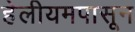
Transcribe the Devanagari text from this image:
हेलीयमपासून